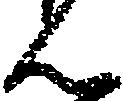
ん